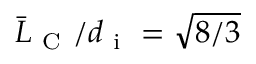
\bar { L } _ { \mathrm { ~ C ~ } } / d _ { \mathrm { ~ i ~ } } = \sqrt { 8 / 3 }